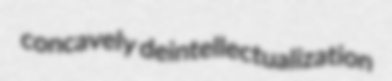
concavely deintellectualization